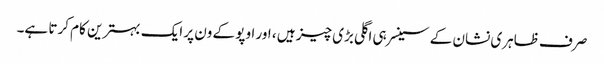
صرف ظاہری نشان کے سینسر ہی اگلی بڑی چیز ہیں ، اور اوپو کے ون پر ایک بہترین کام کرتا ہے۔